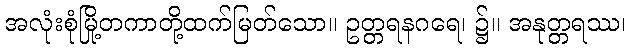
အလုံးစုံမြို့တကာတို့ထက်မြတ်သော။ ဥတ္တရနဂရေ၊ ၌။ အနုတ္တရဿ၊